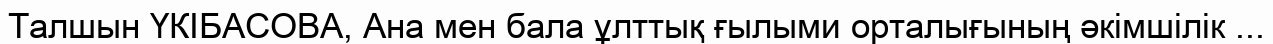
Талшын ҮКІБАСОВА, Ана мен бала ұлттық ғылыми орталығының әкімшілік ...